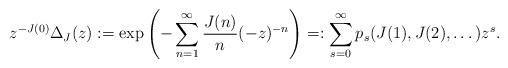
LaTeX: \begin{align*} z^{-J(0)}\Delta_J (z):=\exp \left(-\sum_{n= 1}^\infty \frac{J(n)}{n} (-z)^{-n} \right) =: \sum_{s=0}^\infty p_s (J(1),J(2),\dots)z^{s}. \end{align*}